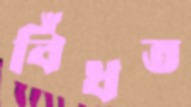
বিঁধত